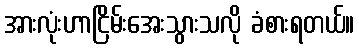
အားလုံးဟာငြိမ်းအေးသွားသလို ခံစားရတယ်။